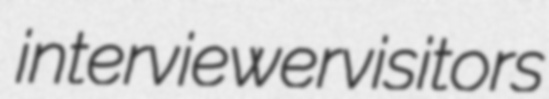
interviewer visitors